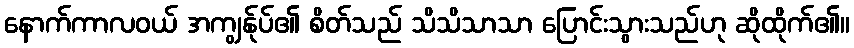
နောက်ကာလဝယ် အကျွန်ုပ်၏ စိတ်သည် သိသိသာသာ ပြောင်းသွားသည်ဟု ဆိုထိုက်၏။